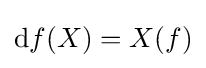
\mathrm {d} f(X)=X(f)